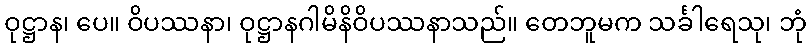
ဝုဋ္ဌာန၊ ပေ။ ဝိပဿနာ၊ ဝုဋ္ဌာနဂါမိနိဝိပဿနာသည်။ တေဘူမက သင်္ခါရေသု၊ ဘုံ